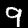
Label: 9